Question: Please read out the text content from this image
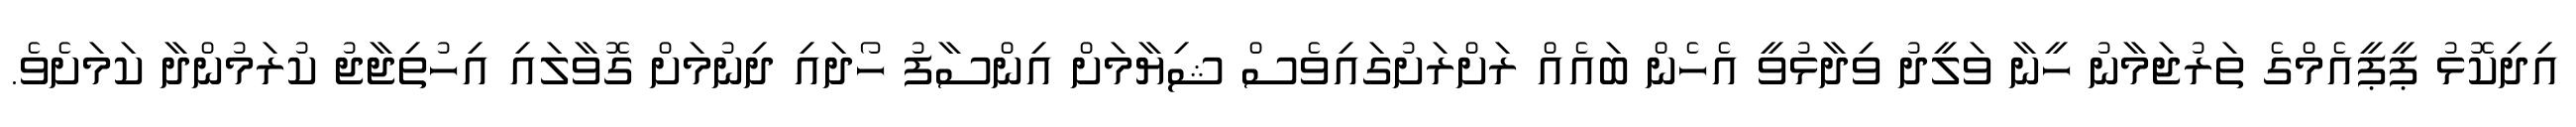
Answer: އިދިކޮޅު ޕީޕީއެމްގެ ތަރުޖަމާނު ހީނާ ވަލީދު ވިދާޅުވީ އެހެން ބައެއް ރަށްރަށުގައިވެސް ޝިޔާމަށް އިންސާފު ހޯދައި ދިނުމަށް ގޮވާލައި އިހުތިޖާޖު ކުރަމުންދާ ކަމަށެވެ.